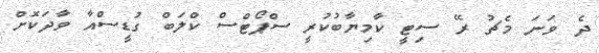
ދެ ވަނަ މެޗު ރޭ ސިޓީ ކާމިޔާބުކުރީ ސްޕޯޓްސް ކްލަބް ގުޑީސްއާ ވާދަކޮށް